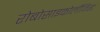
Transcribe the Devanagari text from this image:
रोबोसाइकोलॉजिस्ट